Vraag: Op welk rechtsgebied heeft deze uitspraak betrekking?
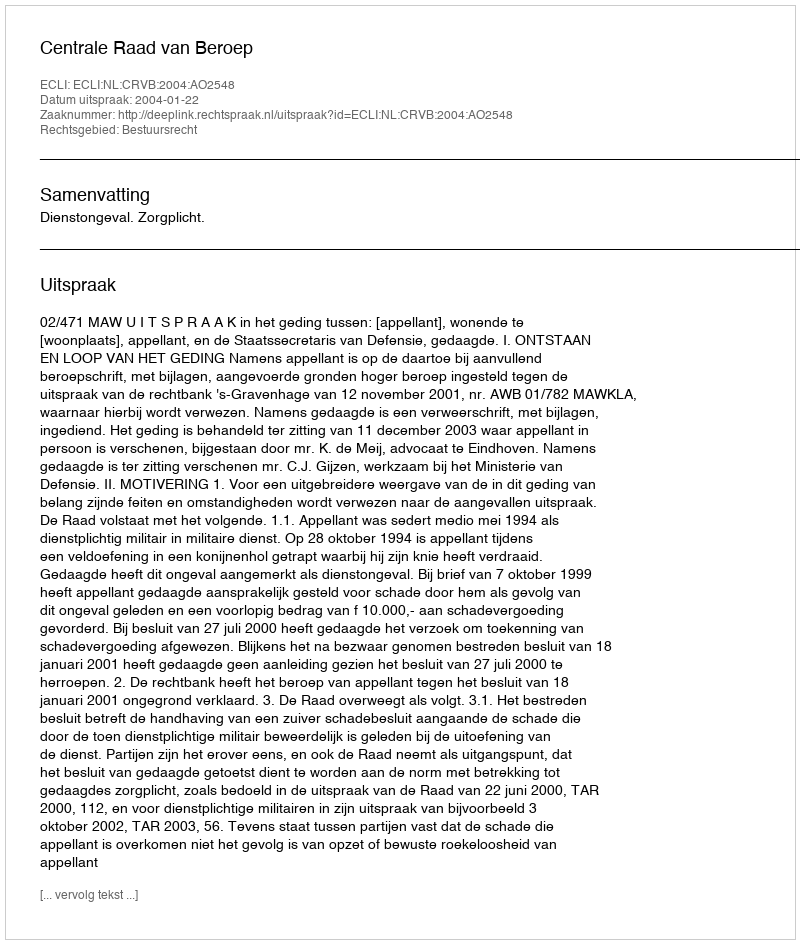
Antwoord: Bestuursrecht